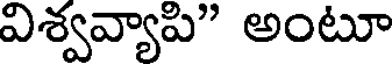
విశ్వవ్యాపి" అంటూ